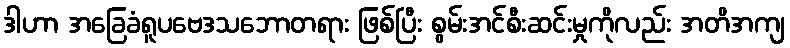
ဒါဟာ အခြေခံရူပဗေဒသဘောတရား ဖြစ်ပြီး စွမ်းအင်စီးဆင်းမှုကိုလည်း အတိအကျ